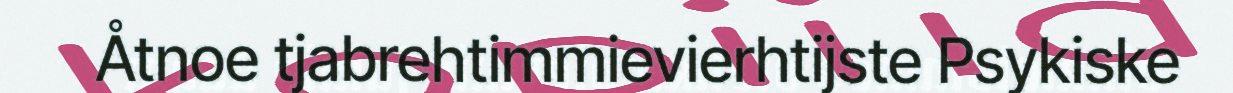
Åtnoe tjabrehtimmievierhtijste Psykiske